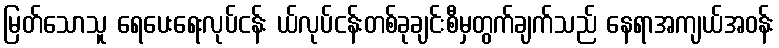
မြတ်သောသူ ရေပေးရေးလုပ်ငန်း ယ်လုပ်ငန်းတစ်ခုချင်းစီမှတွက်ချက်သည် နေရာအကျယ်အဝန်း